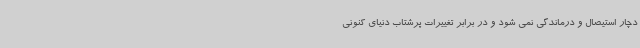
دچار استیصال و درماندگی نمی شود و در برابر تغییرات پرشتاب دنیای کنونی